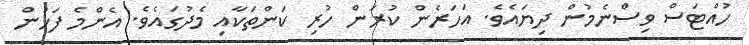
ހުއްޓަސް ވިސްނެމުން ދިޔައެވެ. އަހަރެން ކުރަން ހުރި ކަންތަކާއި މެދުގައެވެ. އެންމެ ފަހުން